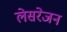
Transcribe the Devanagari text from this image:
लेसरेजन